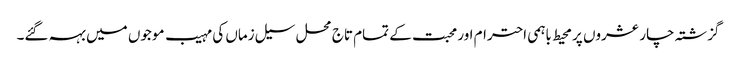
گزشتہ چار عشروں پر محیط باہمی احترام اور محبت کے تمام تاج محل سیل زماں کی مہیب موجوں میں بہہ گئے۔